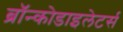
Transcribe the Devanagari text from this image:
ब्रॉन्कोडाइलेटर्स